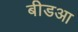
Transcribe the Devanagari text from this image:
बीडआ